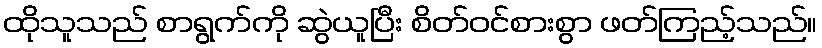
ထိုသူသည် စာရွက်ကို ဆွဲယူပြီး စိတ်ဝင်စားစွာ ဖတ်ကြည့်သည်။